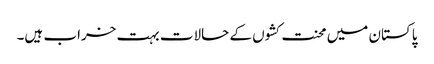
پاکستان میں محنت کشوں کے حالات بہت خراب ہیں۔